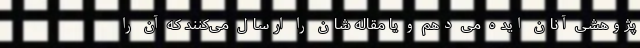
پژوهشی آنان ایده می دهم و یا مقاله شان را ارسال می‌کنند که آن را